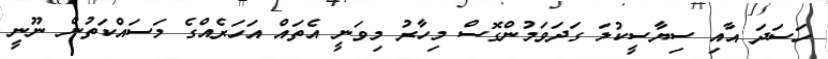
ހަސަދަ އާއި ސިޔާސީކުލަ ގަދަވަމުންގޮސް މިހާރު މިވަނީ އެތައް އަހަރެއްގެ މަސައްކަތުން ނޫނީ